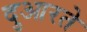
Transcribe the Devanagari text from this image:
दुआरते